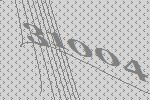
31004